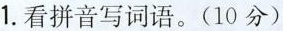
1.看拼音写词语。（10分）